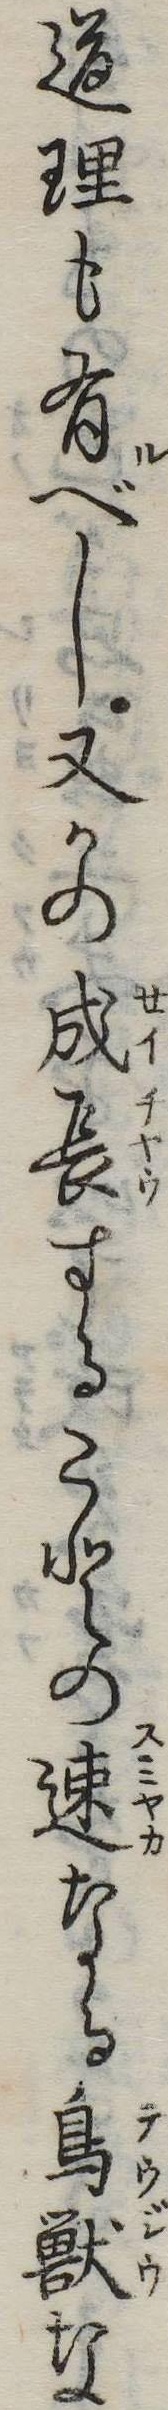
道理も有べし又かの成長することの速なる鳥獣な